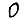
Digit: 0